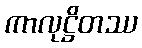
ကာလုဋ္ဌိတဿ